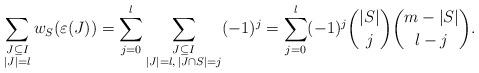
LaTeX: \begin{align*} \sum_{\substack{J\subseteq I\\ |J|=l}}w_S(\varepsilon(J)) =\sum_{j=0}^{l}\sum_{\substack{J\subseteq I\\ |J|=l,\,|J\cap S|=j}}(-1)^{j} =\sum_{j=0}^{l} (-1)^{j}\binom{|S|}{j}\binom{m-|S|}{l-j}. \end{align*}